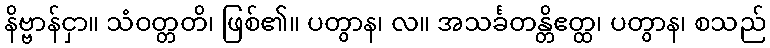
နိဗ္ဗာန်ငှာ။ သံဝတ္တတိ၊ ဖြစ်၏။ ပတွာန၊ လ။ အသင်္ခတန္တိဧတ္ထ၊ ပတွာန၊ စသည်